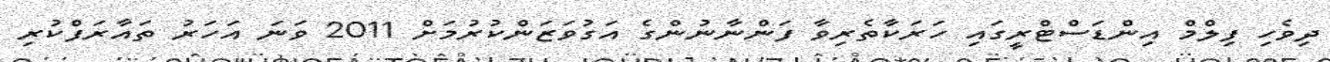
ދިވެހި ފިލްމް އިންޑަސްޓްރީގައި ހަރަކާތެރިވާ ފަންނާނުންގެ އަގުވަޒަންކުރުމަށް 2011 ވަނަ އަހަރު ތައާރަފްކުރި